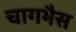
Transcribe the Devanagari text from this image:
चागभैस